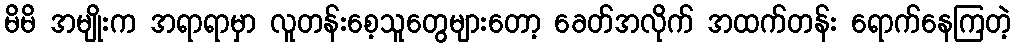
မိမိ အမျိုးက အရာရာမှာ လူတန်းစေ့သူတွေများတော့ ခေတ်အလိုက် အထက်တန်း ရောက်နေကြတဲ့